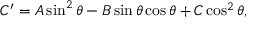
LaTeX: C ^ { \prime } = A \sin ^ { 2 } \theta - B \sin \theta \cos \theta + C \cos ^ { 2 } \theta ,